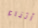
وأثناء